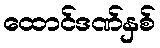
ထောင်ဒဏ်နှစ်